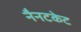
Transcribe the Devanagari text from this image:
नैनटकेट